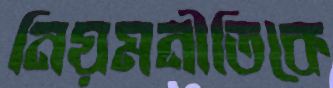
নিয়মনীতিকে